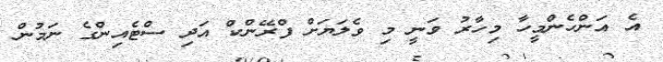
އެ އަންހެންމީހާ މިހާރު ވަނީ މި ވެލަޔަށް ފްރޭންކް އަދި ސްޓެއިންގެ ނަމުން